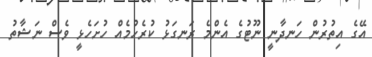
އޭގެ އިތުރުން ހަނދާނީ ނޫޓުގެ އެންމެ ރަނގަޅު ކުރެހުމެއް ހުށަހެޅީ ވެސް ނަޝާތު